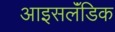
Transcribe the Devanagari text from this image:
आइसलॅंडिक